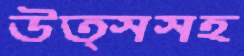
উত্সসহ